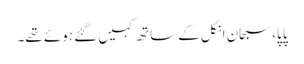
پاپا، سبحان انکل کے ساتھ کہیں گئے ہوئے تھے۔